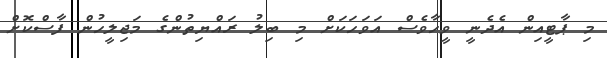
މި ޕާޓީއިން އެދެނީ ވީހާވެސް އަވަހަކަށް މި ބިލު ރައްޔިތުންގެ މަޖިލީހުން ފާސްކޮށް